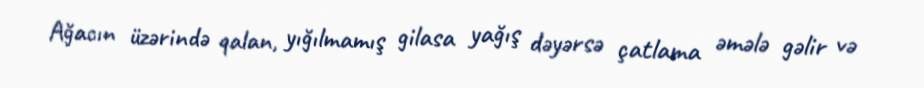
Ağacın üzərində qalan, yığılmamış gilasa yağış dəyərsə çatlama əmələ gəlir və